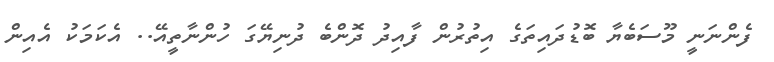
ފެންނަނީ މޫސަބެޔާ ބޮޑުދައިތަގެ އިތުރުން ފާއިދު ދޮންބެ ދުނިޔޭގަ ހުންނާތީއޭ.. އެކަމަކު އެއިން